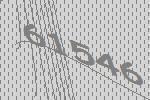
61546